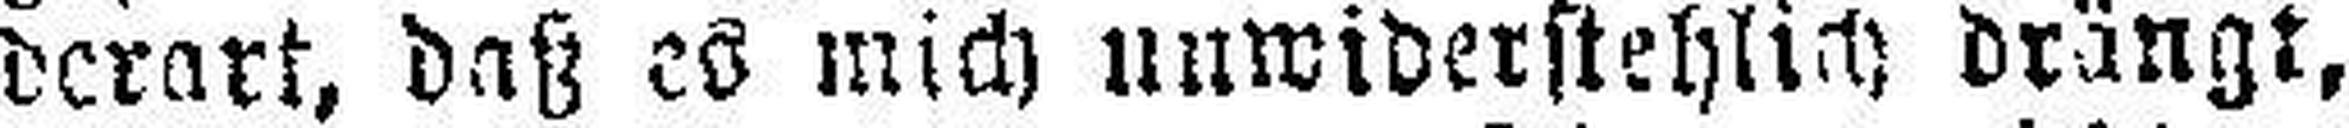
derart, dast es mich unwiderstehlich drängt,